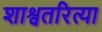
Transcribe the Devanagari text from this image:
शाश्वतरित्या